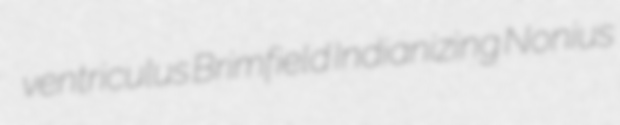
ventriculus Brimfield Indianizing Nonius